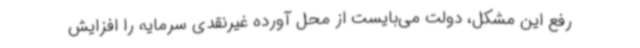
رفع این مشکل، دولت می‌بایست از محل آورده غیرنقدی سرمایه را افزایش